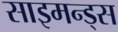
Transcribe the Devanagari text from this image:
साइमन्ड्स